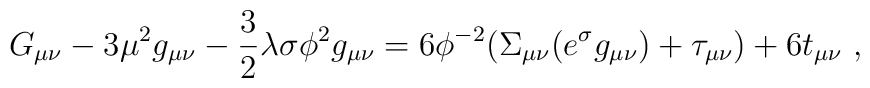
G_{\mu \nu}-3\mu^2 g_{\mu\nu}-\frac{3}{2}\lambda \sigma \phi^2g_{\mu\nu} =6\phi^{-2}(\Sigma_{\mu \nu}(e^{\sigma}g_{\mu\nu})+\tau_{\mu\nu})+ 6t_{\mu\nu}~,